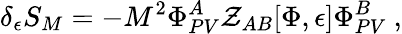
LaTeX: \delta_{\epsilon}S_{M}=-M^{2}\Phi_{PV}^{A}\mathcal{Z}_{AB}[\Phi,\epsilon]\Phi_{PV}^{B}\ ,